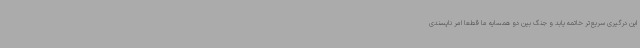
این درگیری سریع‌تر خاتمه یابد و جنگ بین دو همسایه ما قطعا امر ناپسندی